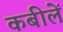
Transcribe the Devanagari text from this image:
कबीलें